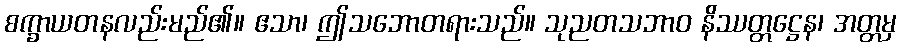
စက္ခာယတနလည်းမည်၏။ ဧသာ၊ ဤသဘောတရားသည်။ သုညတသဘာဝ နိဿတ္တဋ္ဌေန၊ အတ္တမှ